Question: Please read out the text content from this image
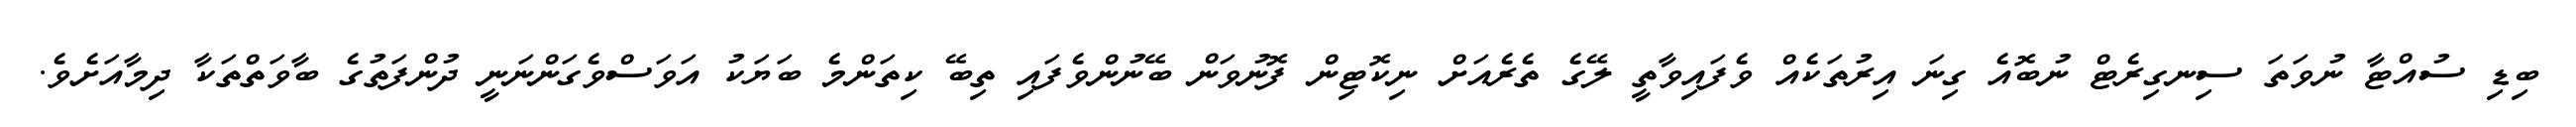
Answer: ބިޑި ސުއްޓާ ނުވަތަ ސިނގިރެޓް ނުބޮއެ ގިނަ އިރުތަކެއް ވެފައިވާތީ ލޭގެ ތެރެއަށް ނިކޮޓިން ފޮނުވަން ބޭނުންވެފައި ތިބޭ ކިތަންމެ ބަޔަކު އަވަސްވެގަންނަނީ ދުންފަތުގެ ބާވަތްތަކާ ދިމާއަށެވެ.